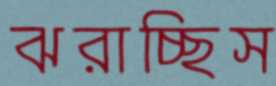
ঝরাচ্ছিস